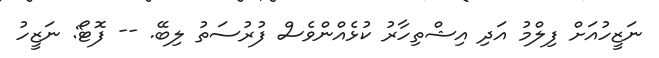
ނަޒީހުއަށް ފިލްމު އަދި އިޝްތިހާރު ކުޅެއްންވެސް ފުުރުސަތު ލިބޭ. -- ފޮޓޯ: ނަޒީހު